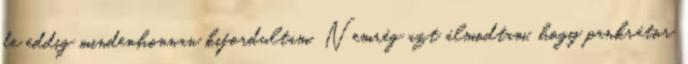
de eddig mindenhonnan kifordultam. Nemrég azt álmodtam, hogy pankrátor